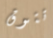
تتوق